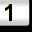
Digit: 1